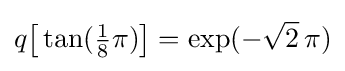
q{\bigl [}\tan({\tfrac {1}{8}}\pi ){\bigr ]}=\exp(-{\sqrt {2}}\,\pi )